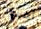
أمنوا